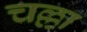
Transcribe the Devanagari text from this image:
चल्ला